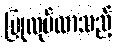
ပြုလုပ်လာသည့်